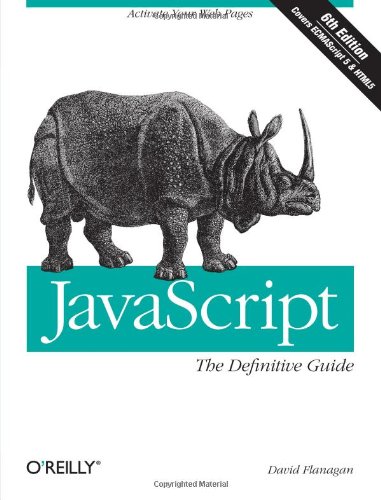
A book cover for JavaScript: The Definitive Guide: Activate Your Web Pages (Definitive Guides); David Flanagan; Computers & Technology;